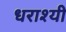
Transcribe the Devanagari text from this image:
धराश्यी